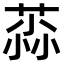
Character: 𫈳